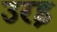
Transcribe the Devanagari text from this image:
उरइ